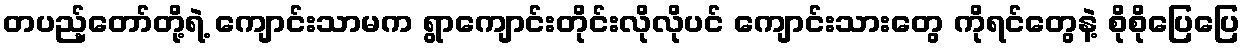
တပည့်တော်တို့ရဲ့ ကျောင်းသာမက ရွာကျောင်းတိုင်းလိုလိုပင် ကျောင်းသားတွေ ကိုရင်တွေနဲ့ စိုစိုပြေပြေ